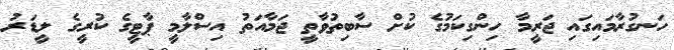
ހަނގުރާމައިގައި ޖަރީމާ ހިންގިކަމުގެ ކުށް ސާބިތުވާތީ ޖަމާއަތު އިސްލާމީ ޕާޓީގެ ކުރީގެ ލީޑަރު